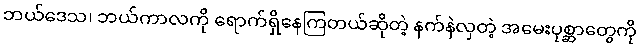
ဘယ်ဒေသ၊ ဘယ်ကာလကို ရောက်ရှိနေကြတယ်ဆိုတဲ့ နက်နဲလှတဲ့ အမေးပုစ္ဆာတွေကို